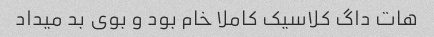
هات داگ کلاسیک کاملا خام بود و بوی بد میداد